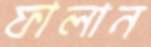
ফালান